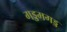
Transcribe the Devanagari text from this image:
गड्डमगड्ड